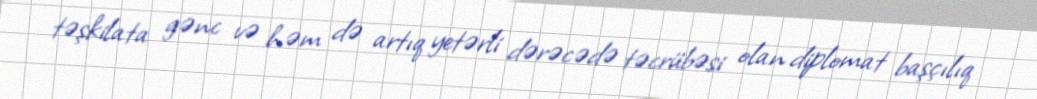
təşkilata gənc və həm də artıq yetərli dərəcədə təcrübəsi olan diplomat başçılıq